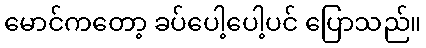
မောင်ကတော့ ခပ်ပေါ့ပေါ့ပင် ပြောသည်။